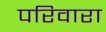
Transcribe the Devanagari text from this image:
परिवारा